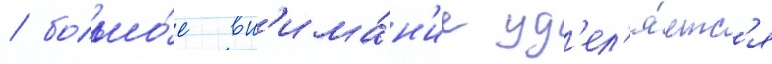
/ большо́е вн'има́н'ие уд'ел'я́етс'я